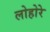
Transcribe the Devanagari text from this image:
लोहोरे